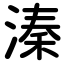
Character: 溱